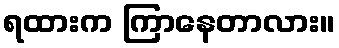
ရထားက ကြာနေတာလား။